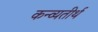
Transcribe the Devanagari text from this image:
कन्व्यतीर्थ